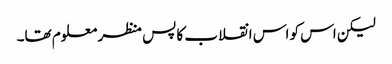
لیکن اس کو اس انقلاب کا پس منظر معلوم تھا۔